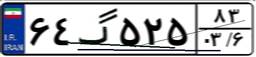
۰۵گ۷۷۷۴۲